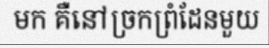
មក គឺនៅច្រកព្រំដែនមួយ